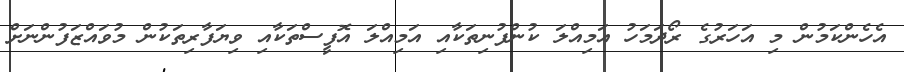
އެހެންކަމުން މި އަހަރުގެ ރޯދަމަހު އަމިއްލަ ކުންފުނިތަކާއި އަމިއްލަ އޮފީސްތަކާއި ވިޔަފާރިތަކުން މުވައްޒަފުންނަށް